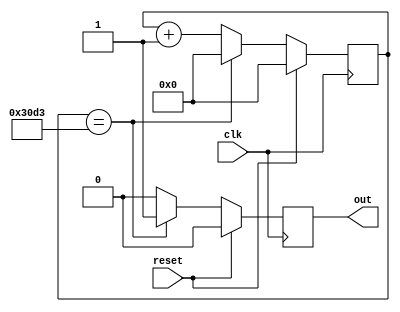
`timescale 1ns / 1ps
//////////////////////////////////////////////////////////////////////////////////
// 
// Module Name:    bincount 
// Description:    binary counter outputs 1 pulse every DIV clocks
//
// Revision: 1.0
//
//////////////////////////////////////////////////////////////////////////////////
module bincount
    (
    input clk,
    input reset,
	 output reg out  // high for 1 clock when full count reached
    );
	 
parameter WIDTH = 13;       // how many bits in counter register
parameter DIV = 12500;      // count up limit. 125 MHz / N = 10 kHz

reg [WIDTH:0] creg;

always @(posedge clk)
 begin
  if (reset) 
    begin
      creg <= 0;  // reset counter to 0
		out <= 0;   // clear output flag
    end
  else 
    begin
      if (creg == (DIV-1))  // roll over after DIV counts
		 begin
         creg <= 0;
			out <= 1;  // set overflow flag
		 end
      else
		 begin
        creg <= creg+1;
		  out <= 0; // no overflow yet, output flag still 0
		 end
	 end
 end
 
endmodule